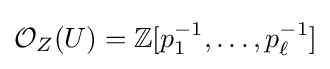
{\mathcal {O}}_{Z}(U)=\mathbb {Z} [p_{1}^{-1},\ldots ,p_{\ell }^{-1}]